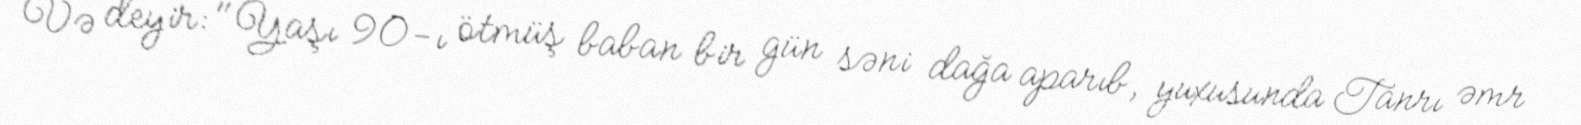
Və deyir: "Yaşı 90-ı ötmüş baban bir gün səni dağa aparıb, yuxusunda Tanrı əmr